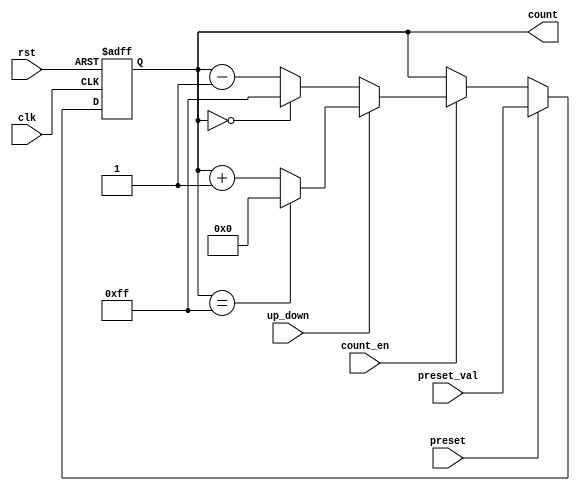
module presettable_counter #(
    parameter N = 8  // Width of the counter
)(
    input wire clk,                // Clock signal
    input wire rst,                // Active-high reset
    input wire preset,             // Active-high preset signal
    input wire [N-1:0] preset_val, // Value to load into the counter
    input wire count_en,           // Count enable signal
    input wire up_down,            // Up/Down control signal
    output reg [N-1:0] count       // Current counter value
);

    // Counter behavior
    always @(posedge clk or posedge rst) begin
        if (rst) begin
            count <= 0; // Reset counter to 0
        end else if (preset) begin
            count <= preset_val; // Load preset value
        end else if (count_en) begin
            if (up_down) begin
                // Increment counter with wrap-around
                if (count == {N{1'b1}}) // Check if count is maximum
                    count <= 0; // Wrap around to 0
                else
                    count <= count + 1; // Increment
            end else begin
                // Decrement counter with wrap-around
                if (count == 0) // Check if count is 0
                    count <= {N{1'b1}}; // Wrap around to max value
                else
                    count <= count - 1; // Decrement
            end
        end
    end

endmodule